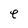
Character: e